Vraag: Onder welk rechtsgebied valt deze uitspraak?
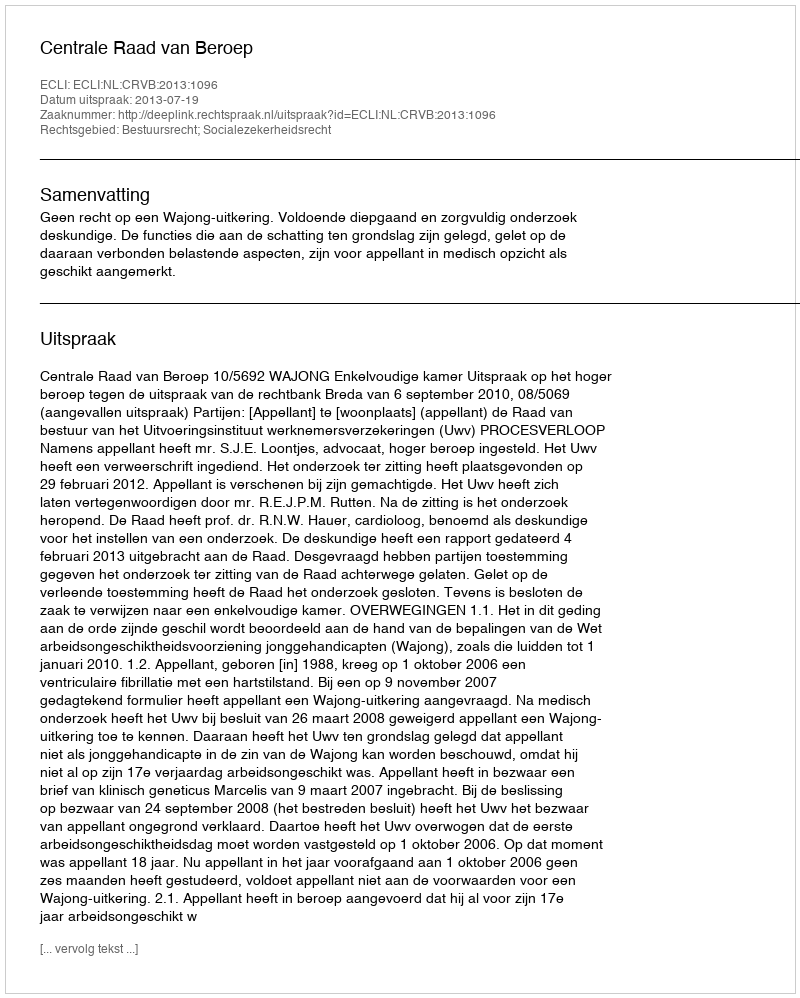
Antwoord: Bestuursrecht; Socialezekerheidsrecht